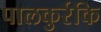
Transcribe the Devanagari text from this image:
पालकुर्रकि